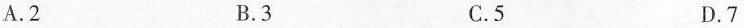
A. 2 B. 3 C. 5 D. 7